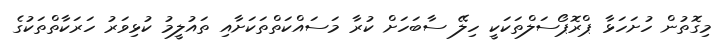
މިގޮތުން ހުށަހަޅާ ޕްރޮޕޯސަލްތަކަކީ ހިލޭ ސާބަހަށް ކުރާ މަސައްކަތްތަކަށާއި ތައުލީމު ކުޅިވަރު ހަރަކާތްތަކުގެ